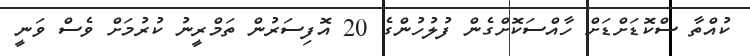
ކުއްތާ ސްކޮޑަށްޑަށް ހާއްސަކޮށްގެން ފުލުހުންގެ 20 އޮފިސަރުން ތަމްރީނު ކުރުމަށް ވެސް ވަނީ